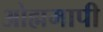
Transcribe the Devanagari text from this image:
ओह्ममापी